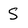
Character: S